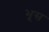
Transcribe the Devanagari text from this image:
भूस